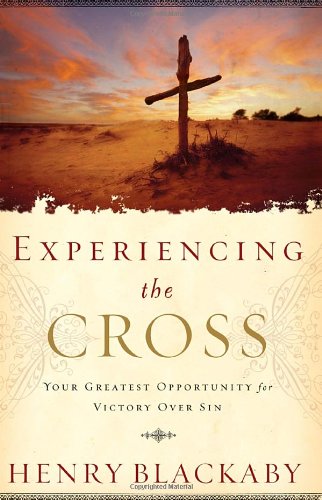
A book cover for Experiencing the Cross: Your Greatest Opportunity for Victory Over Sin; Henry Blackaby; Christian Books & Bibles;